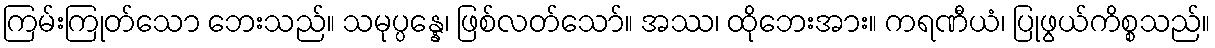
ကြမ်းကြုတ်သော ဘေးသည်။ သမုပ္ပန္နေ၊ ဖြစ်လတ်သော်။ အဿ၊ ထိုဘေးအား။ ကရဏီယံ၊ ပြုဖွယ်ကိစ္စသည်။